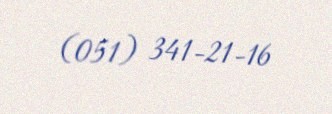
(051) 341-21-16